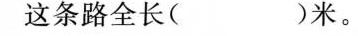
这条路全长( )米。